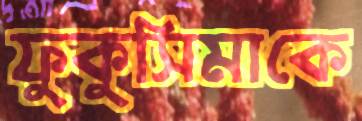
ফুকুসিমাকে